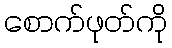
စောက်ဖုတ်ကို